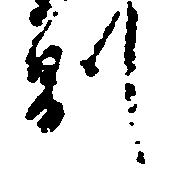
別